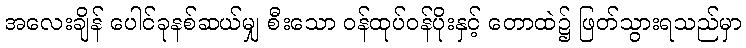
အလေးချိန် ပေါင်ခုနစ်ဆယ်မျှ စီးသော ဝန်ထုပ်ဝန်ပိုးနှင့် တောထဲ၌ ဖြတ်သွားရသည်မှာ